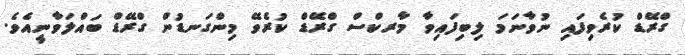
ގްރޭޑް ކުރެވިފައި ނުވާނަމަ ލިބިފައިވާ މާރކްސް ގްރޭޑް ކުރެވޭ މިންގަނޑުން ގްރޭޑް ބައްލަވާނީއެވެ.